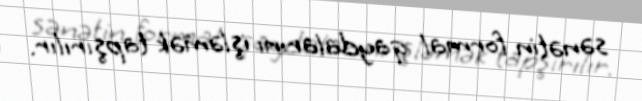
sənətin formal qaydalarını işləmək tapşırılır.